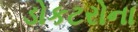
ડોકટરોના